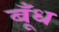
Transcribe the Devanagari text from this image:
बूँध